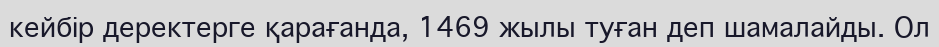
кейбір деректерге қарағанда, 1469 жылы туған деп шамалайды. Ол